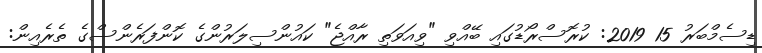
ޑިސެމްބަރު 15 2019: ކުރޮސްރޯޑުގައި ބޭއްވި "ވިއަވަތި ރާއްޖެ" ކައުންސިލަރުންގެ ކޮންފަރެންސްގެ ތެރެއިން: